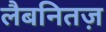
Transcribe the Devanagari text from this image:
लैबनितज़